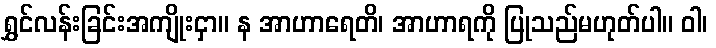
ရွှင်လန်းခြင်းအကျိုးငှာ။ န အာဟာရေတိ၊ အာဟာရကို ပြုသည်မဟုတ်ပါ။ ဝါ၊